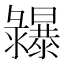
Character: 𢑾